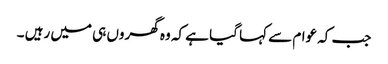
جب کہ عوام سے کہا گیا ہے کہ وہ گھروں ہی میں رہیں ۔